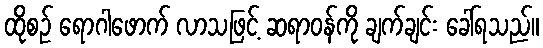
ထိုစဉ် ရောဂါဖောက် လာသဖြင့် ဆရာဝန်ကို ချက်ချင်း ခေါ်ရသည်။